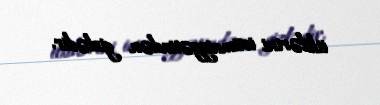
itkilərini ictimaiyyətindən gizlədir.